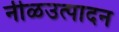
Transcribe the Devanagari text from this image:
नीळउत्पादन